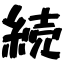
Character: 続